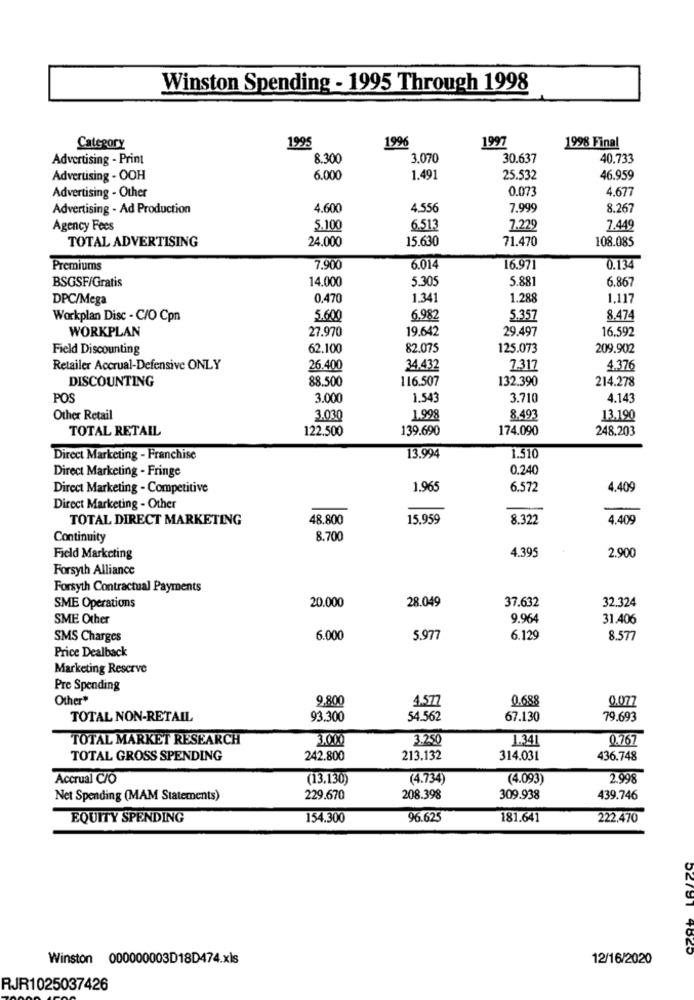
Winston Spending - 1995 Through 1998
1995
1996
1997
1998 Final
Category
Advertising - Print
8.300
3,070
30.637
40,733
Advertising - OOH
6.000
1.491
25.532
46.959
0.073
4.677
Advertising - Other
Advertising - Ad Production
4.600
4.556
7.999
8.267
Agency Fees
5.100
6.513
7.229
7.449
TOTAL ADVERTISING
24.000
15.630
71.470
108.085
Premiums
7.900
6.014
16.971
0.134
BSGSF/Gratis
14.000
5.305
5.881
6.867
DPC/Mega
0.470
1.341
1.288
1,117
Workplan Disc - C/O Cpn
5.600
6.982
5.357
8.474
WORKPLAN
27.970
19.642
29.497
16.592
Field Discounting
62.100
82.075
125.073
209.902
Retailer Accrual-Defensive ONLY
26.400
34.432
7.317
4.376
DISCOUNTING
88.500
116.507
132.390
214.278
POS
3.000
1,543
3.710
4.143
Other Retail
3.030
1.998
8.493
13.190
TOTAL RETAIL
122.500
139.690
174.090
248.203
Direct Marketing - Franchise
13.994
1.510
Direct Marketing - Fringe
0.240
Direct Marketing - Competitive
1.965
6.572
4.409
Direct Marketing - Other
TOTAL DIRECT MARKETING
48.800
15.959
8.322
4.409
Continuity
8.700
4.395
Field Marketing
2.900
Forsyth Alliance
Forsyth Contractual Payments
20.000
28.049
37.632
32.324
SME Operations
SME Other
9.964
31.406
SMS Charges
6.000
5.977
6.129
8.577
Price Dealback
Marketing Reserve
Pre Spending
Other"
9,800
4.577
0.688
0.077
TOTAL NON-RETAIL
93.300
54.562
67.130
79.693
TOTAL MARKET RESEARCH
3.000
3.250
1.34
0.767
TOTAL GROSS SPENDING
242.800
213.132
314.031
436.748
Accrual C/O
(13.130)
(4.734)
(4.093)
2.998
Net Spending (MAM Statements)
229.670
208.398
309.938
439.746
EQUITY SPENDING
154.300
96.625
181.641
222.470
52781 4025
Winston 000000003D18D474.xls
12/16/2020
RJR1025037426